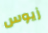
زيوس